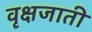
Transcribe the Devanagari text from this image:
वृक्षजाती